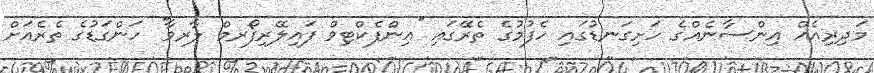
މަދިރިއެއް އިންސާނެއްގެ ހަށިގަނޑުގައި ހެފުމުގެ ތެރޭގައި ''އިންފެކްޓިވް ފައިލޭރިފޯރމް ލާރވާ'' ހަންގަޑުގެ ތެރެއަށް